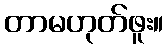
တာမဟုတ်ဖူး။